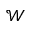
\mathcal { W }